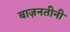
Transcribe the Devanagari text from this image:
बाज़नतीनी